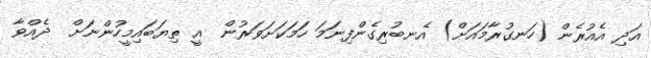
އަދި އެއުރެން (ހަނގުރާމައަށް) އެނބުރިގެންފިނަމަ ހަމަކަށަވަރުން  އީ ތިޔަބައިމީހުންނަށް  ދެއްވާ